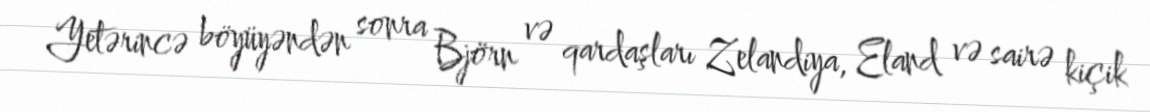
Yetərincə böyüyəndən sonra Björn və qardaşları Zelandiya, Eland və sairə kiçik